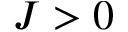
J > 0